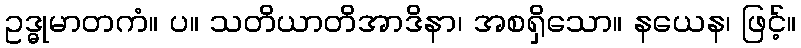
ဥဒ္ဓုမာတကံ။ ပ။ သတိယာတိအာဒိနာ၊ အစရှိသော။ နယေန၊ ဖြင့်။